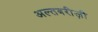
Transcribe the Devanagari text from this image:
अल्तबरीज़ी